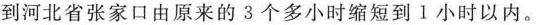
到河北省张家口由原来的3个多小时缩短到1小时以内。